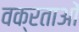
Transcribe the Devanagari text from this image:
वक्रताओं